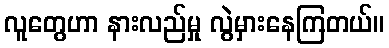
လူတွေဟာ နားလည်မှု လွဲမှားနေကြတယ်။